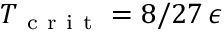
T _ { \mathrm { ~ c ~ r ~ i ~ t ~ } } = 8 / 2 7 \, \epsilon